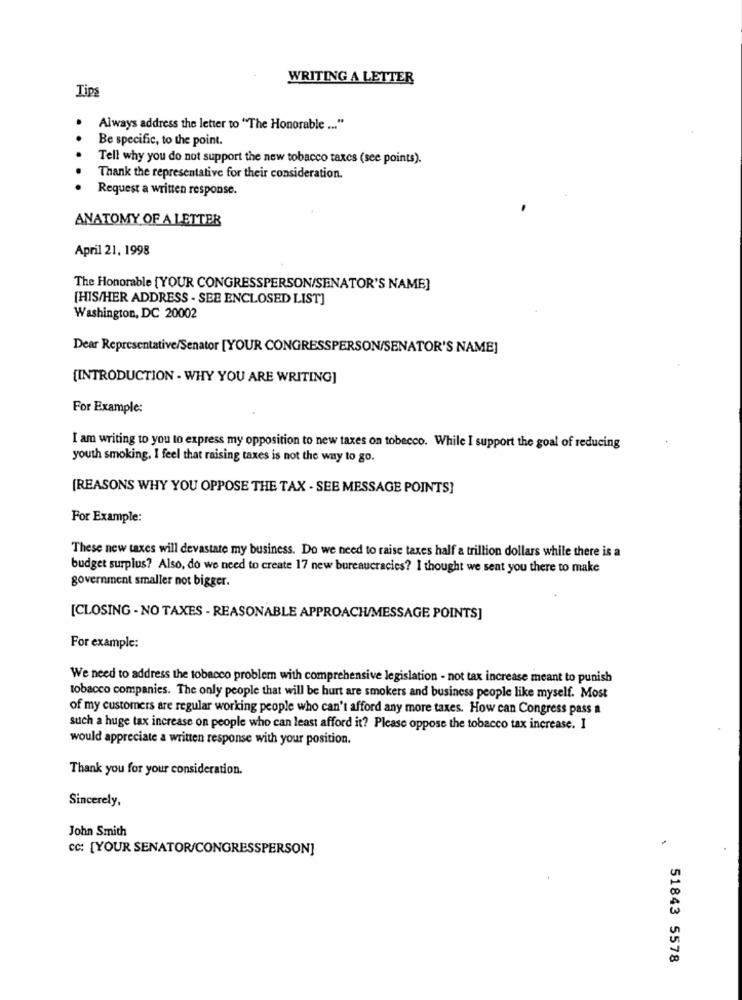
WRITING A LETTER
Tips
Always address the letter to "The Honorable ... "
Be specific, to the point.
Tell why you do not support the new tobacco taxes (see points).
Thank the representative for their consideration.
Request a written response.
ANATOMY OF A LETTER
April 21, 1998
The Honorable [YOUR CONGRESSPERSON/SENATOR'S NAME]
[HIS/HER ADDRESS - SEE ENCLOSED LIST]
Washington, DC 20002
Dear Representative/Senator [YOUR CONGRESSPERSON/SENATOR'S NAME]
[INTRODUCTION - WHY YOU ARE WRITING]
For Example:
I am writing to you to express my opposition to new taxes on tobecco. While I support the goal of reducing
youth smoking. I feel that raising taxes is not the way to go.
[REASONS WHY YOU OPPOSE THE TAX . SEE MESSAGE POINTS]
For Example:
These new taxes will devastate my business. Do we need to raise taxes half a trillion dollars while there is a
budget surplus? Also, do we need to create 17 new bureaucracies? I thought we sent you there to make
government smaller not bigger.
[CLOSING - NO TAXES - REASONABLE APPROACH/MESSAGE POINTS]
For example:
We need to address the tobacco problem with comprehensive legislation - not tax increase meant to punish
tobacco companies. The only people that will be hurt are smokers and business people like myself. Most
of my customers are regular working people who can't afford any more taxes. How can Congress pass a
such a huge tax increase on people who can least afford it? Please oppose the tobacco tax increase. I
would appreciate a written response with your position.
Thank you for your consideration.
Sincerely,
John Smith
CC: [YOUR SENATOR/CONGRESSPERSON]
51843 5578